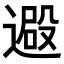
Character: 𨕮